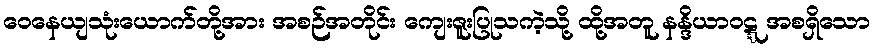
ဝေနေယျသုံးယောက်တို့အား အစဉ်အတိုင်း ကျေးဇူးပြုသကဲ့သို့ ထို့အတူ နန္ဒိယာဝဋ္ဋ အစရှိသော